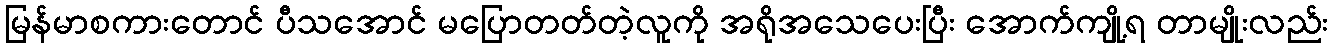
မြန်မာစကားတောင် ပီသအောင် မပြောတတ်တဲ့လူကို အရိုအသေပေးပြီး အောက်ကျို့ရ တာမျိုးလည်း